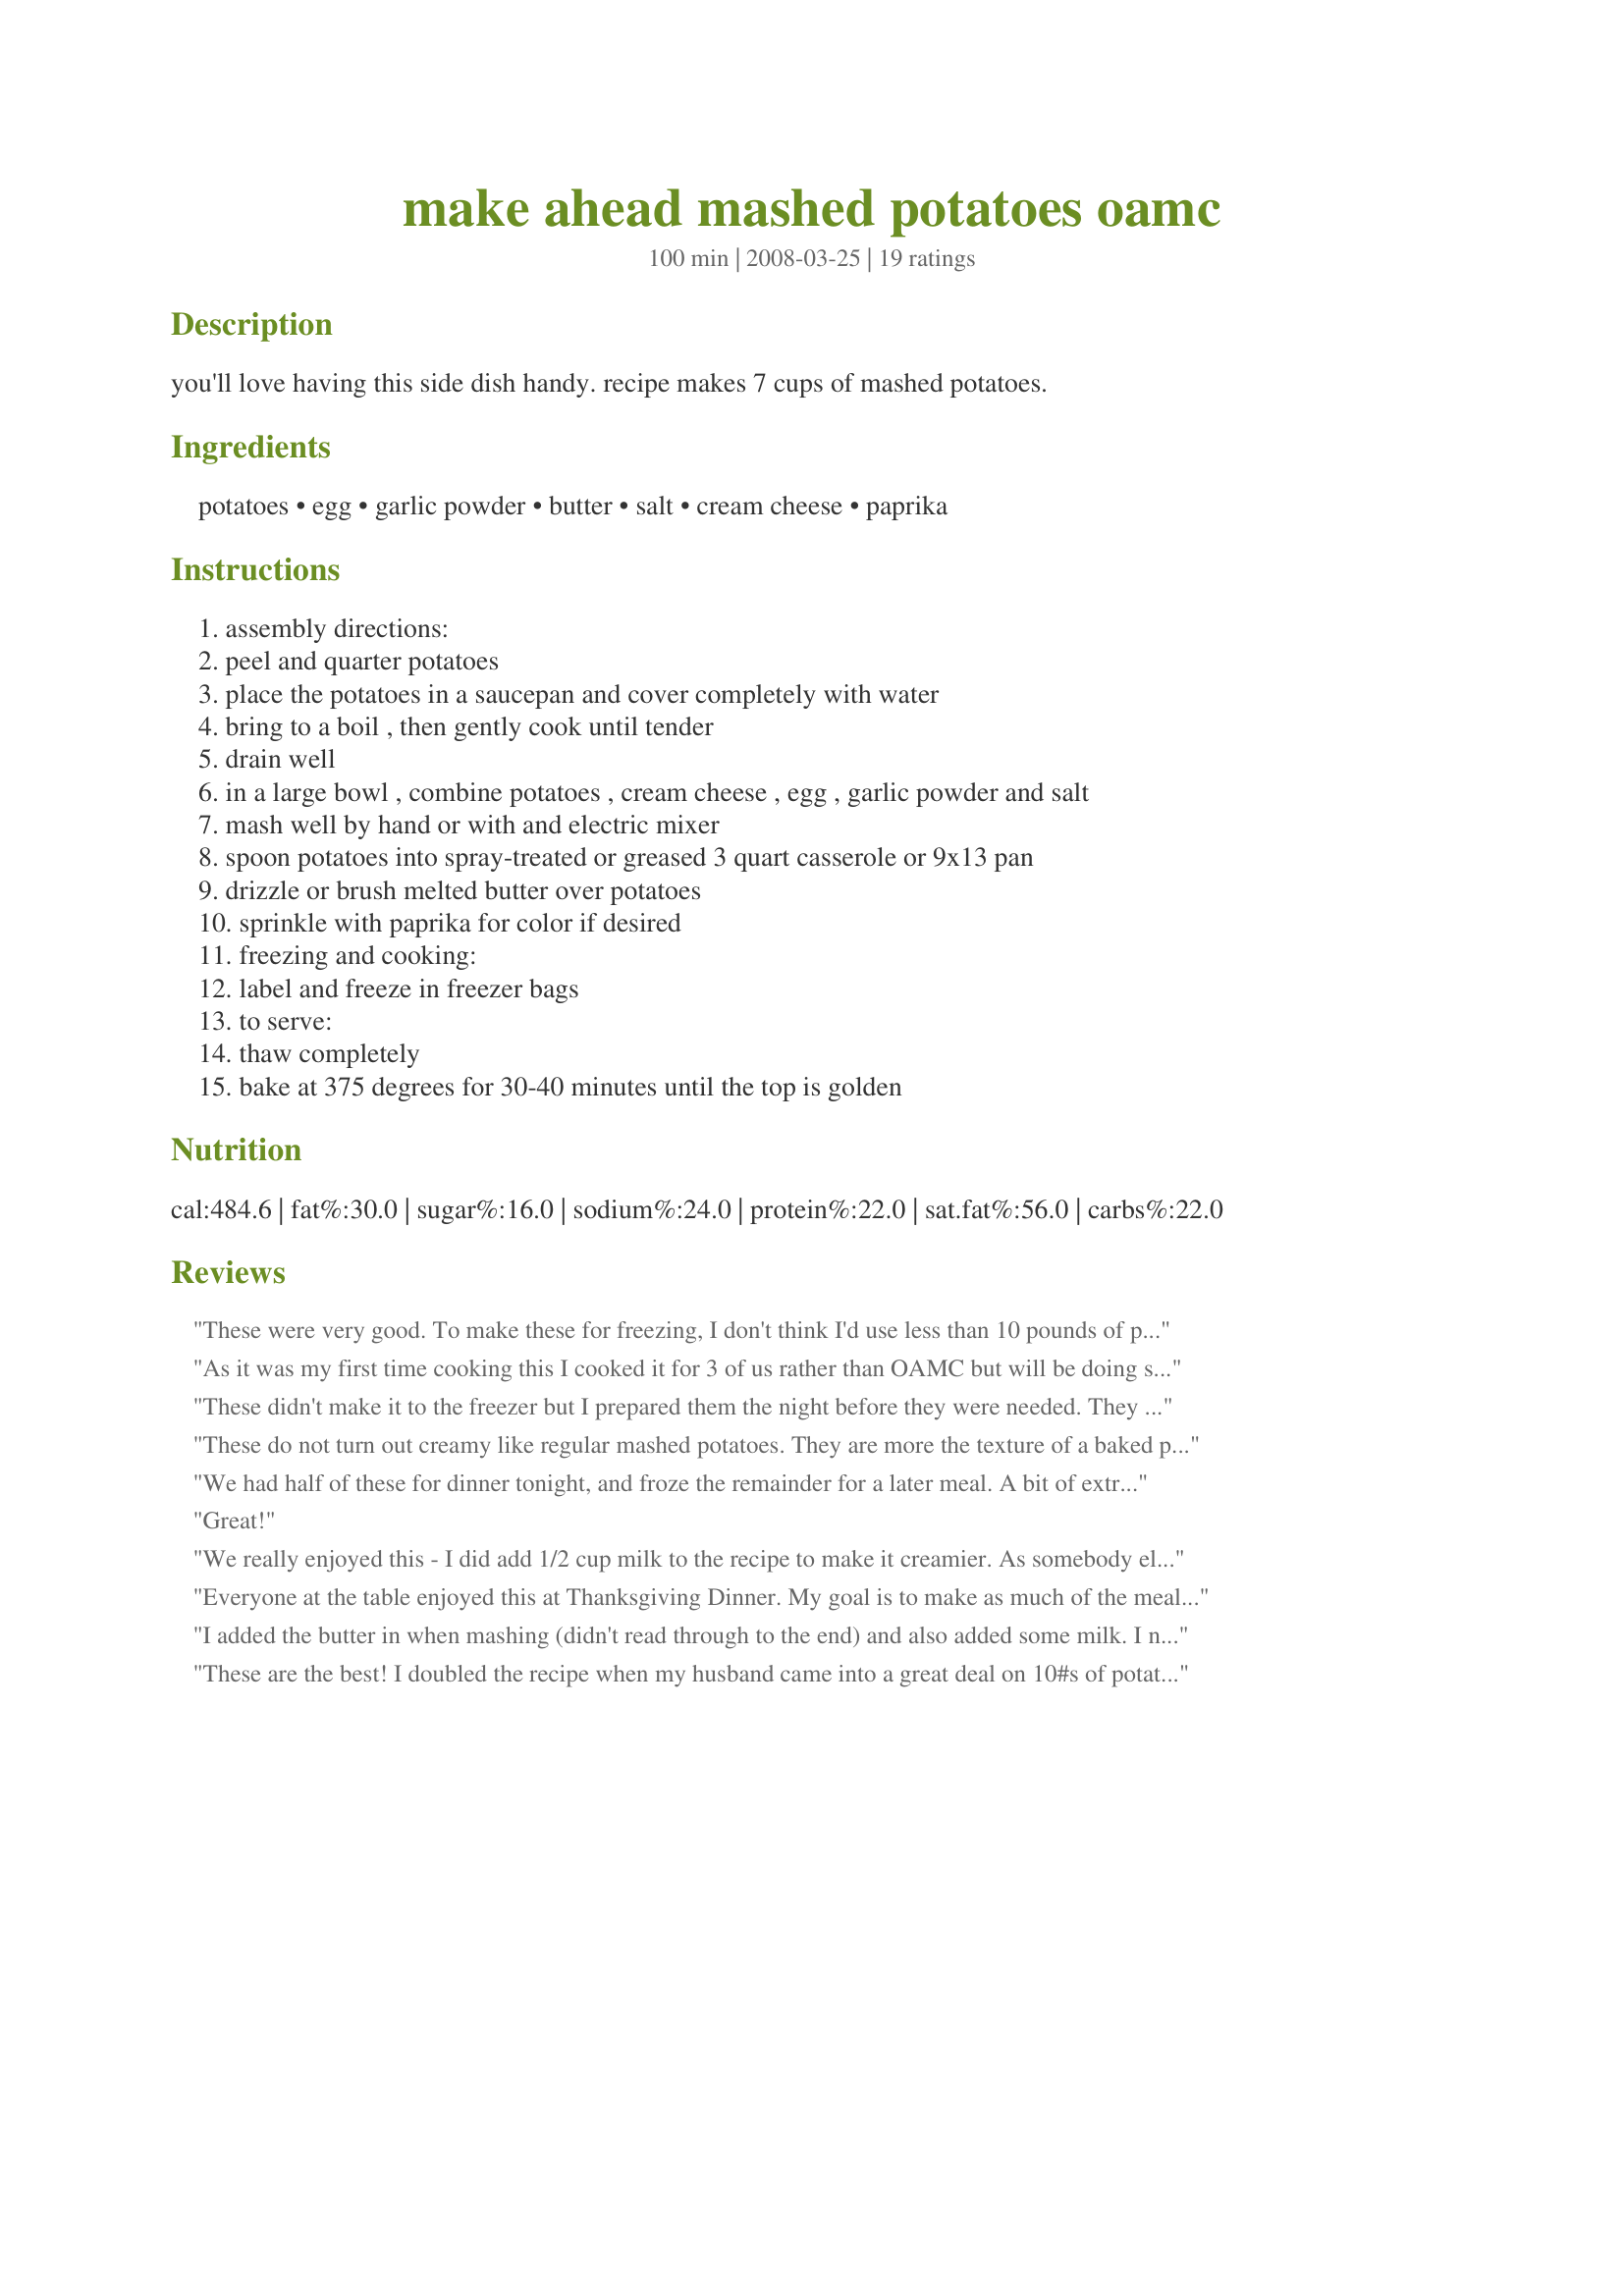
make ahead mashed potatoes oamc
Preparation time: 100 minutes

you'll love having this side dish handy.
recipe makes 7 cups of mashed potatoes.

Ingredients:
potatoes, egg, garlic powder, butter, salt, cream cheese, paprika

Steps:
assembly directions:, peel and quarter potatoes, place the potatoes in a saucepan and cover completely with water, bring to a boil , then gently cook until tender, drain well, in a large bowl , combine potatoes , cream cheese , egg , garlic powder and salt, mash well by hand or with and electric mixer, spoon potatoes into spray-treated or greased 3 quart casserole or 9x13 pan, drizzle or brush melted butter over potatoes, sprinkle with paprika for color if desired, freezing and cooking:, label and freeze in freezer bags, to serve:, thaw completely, bake at 375 degrees for 30-40 minutes until the top is golden

Reviews:
These were very good. To make these for freezing, I don't think I'd use less than 10 pounds of potatoes (doubling the recipe), but I don't think I'd do more than that at one time either. I was able to double the recipe without it really being any trouble, but I think if I had tried to make more than 10 pounds of potatoes at once, it would have been too much on time and clean up. As it was, doubling the recipe didn't really take too much longer, and the clean-up was about the same as if I hadn't doubled it. The best part is that I now have TWICE as many yummy potatoes in the freezer for when I want them!
As it was my first time cooking this I cooked it for 3 of us rather than OAMC but will be doing so again and making more again so I have 1 serve to freeze for the DH who is a shift worker and see how it goes. We thoroughly enjoyed what we had - for three I used 4 nadine potatoes (weight 1lb 4oz) and scaled back the other ingredients accordingly, even the DM who is not a big mash fan ate most of hers up (though I did add a sprinkle of grated mozarella to hers). Thank you Chef Buggsy Mate, made for Potluck tag.
These didn't make it to the freezer but I prepared them the night before they were needed. They were a hit and two guests went home with the recipe :) A real 'keeper' for me :)
These do not turn out creamy like regular mashed potatoes. They are more the texture of a baked potato. The flavor was good and they were pretty easy to put together. I have one batch in the freezer, and I made the second batch today start to finish, and served with recipe #17990. The only change I made was to include the skins rather than peeling. This might be good to have on hand.
We had half of these for dinner tonight, and froze the remainder for a later meal. A bit of extra work now, but worth the effort for later. We enjoyed the flavor and texture of the potatoes. (I did add about 1 cup of milk, total, based on other suggestions.)
Great!
We really enjoyed this - I did add 1/2 cup milk to the recipe to make it creamier. As somebody else said, it seemed more like a baked potato texture until I added the milk. I have some in the freezer for future dinners. This is great for a working mom!
Everyone at the table enjoyed this at Thanksgiving Dinner. My goal is to make as much of the meal as possible ahead of time. This recipe froze and reheated very well. Thanks.
I added the butter in when mashing (didn't read through to the end) and also added some milk. I never put eggs in mashed potatoes before but it was ok. Made 1.5x recipe, used Yukon Gold and a couple of Russets, 2 eggs, 7 T butter, 1.5 pkg cream cheese, about 3/4 c milk. Put in a lasagna pan for 50 minutes the next day.
These are the best! I doubled the recipe when my husband came into a great deal on 10#s of potatoes. Then I froze some in zipper bags and some in 6 oz glass dishes. Once frozen, I popped them out of the dishes and into zipper bags, so we could cook individual portions. Great for teenagers with wacky schedules.
Simple and easy! Delicious too! My family enjoyed the dish and I am most definately making more in future! Glad I picked this recipe.
Super Yummy! Easy to make and freeze! Just ate the first of these after being frozen. These reheat BEAUTIFULLY!
oh. my. gosh. as of today these are my alltime favorite mashed potatoes!!! i would have never thought to use cream cheese but i used the chive one and it went sooooo well with the mashed potatoes! i forget to add the pinch of paprika but it wasnt needed! my sister thanks u for the tastiest mashed potato recipe ever! :D! so a keeper! ;) made for recipe swap!
I realized that I had a quantity of potatoes left that I wasn't going to use prior to leaving on vacation. I would normally just throw them but I cooked them in a pressure cooker to save time, mashed and froze them instead, using Greek yogurt instead of cream cheese. Not exactly like freshly cooked but a good substitute and convenient as all I did was pull them out the freezer the night before using and let them defrost in the fridge. When I have a glut of potatoes, I've also baked a bunch in their skins to a just cooked stage when I have the oven on for something else, skin and cube them when cool and then freeze them ready for hash.
I am so glad I found this recipe. We just think they are great! I make only slight changes due to personal preferences. # 1, after potatoes have cooked and drained, I put them back into pot and throw a linen towel over them and set the pot on a burner set on low so the potatoes dry out and steam to fluffy goodness. After that I use a potato ricer before whipping. We do not like lumps in our mashies. #2, I use more butter and season a little heavier. Thank you so much for a wonderful idea.
These potatoes are delicious! I doubled the recipe and used a a 15oz container of "philadelphia <br/>Cooking creme cheese, Italian cheese and herb flavor" for the cream cheese, every thing else I left the same. I will be making these again!
Delicious and great recipe for someone that doesn't have time to throw together a side dish. I did this for Thanksgiving and just threw it in oven while the turkey was resting. However, it was so good I can see using it as a weekday dish when I don't have the time or energy to cook.
Eight-month old grandbabe's mashed potato breath--better than a new car smell. Made for A-NZ #42 Recipe Tag.
These potatoes will definitely become a staple in my house! I tried this recipe specifically for http://www.recipezaar.com/294235, but I actually had some left over and have them frozen now for a later date. I adore mashed potatoes, and my BF prefers rice, so it will be nice to be able to eat them when I want ^_^ Next time I will split it into two bowls because mashing it all in one bowl was kind of difficult, but I really enjoyed the flavor and texture, and will definitely be making it again!! Thank you!!
